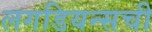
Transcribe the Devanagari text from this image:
लगडियन्सची